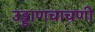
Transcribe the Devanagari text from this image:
उड्डाणचाचणी